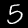
Digit: 5